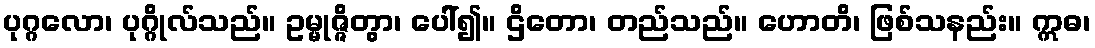
ပုဂ္ဂလော၊ ပုဂ္ဂိုလ်သည်။ ဥမ္မုဇ္ဇိတွာ၊ ပေါ်၍။ ဌိတော၊ တည်သည်။ ဟောတိ၊ ဖြစ်သနည်း။ ဣဓ၊